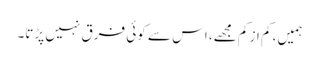
ہمیں، کم از کم مجھے، اس سے کوئی فرق نہیں پڑتا۔